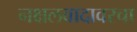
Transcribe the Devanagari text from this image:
नक्षलवादावरचा